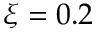
\xi = 0 . 2